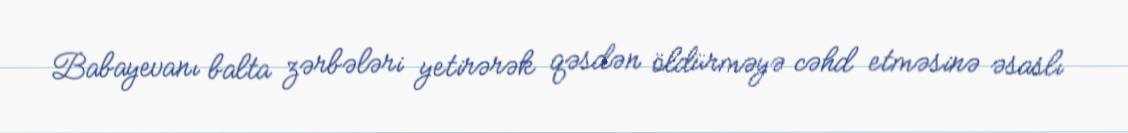
Babayevanı balta zərbələri yetirərək qəsdən öldürməyə cəhd etməsinə əsaslı